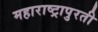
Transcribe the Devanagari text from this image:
महाराष्ट्रापुरती